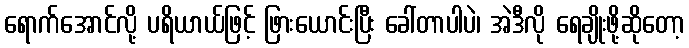
ရောက်အောင်လို့ ပရိယာယ်ဖြင့် ဖြားယောင်းပြီး ခေါ်တာပါပဲ၊ အဲဒီလို ရေချိုးဖို့ဆိုတော့